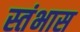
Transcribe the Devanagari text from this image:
स्तंभास